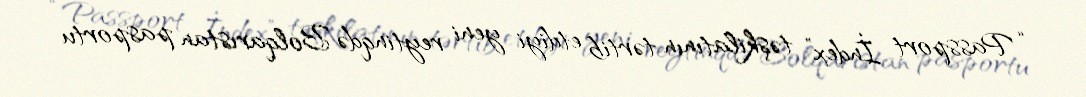
“Passport İndex” təşkilatının tərtib etdiyi yeni reytinqdə Bolqarıstan pasportu